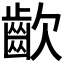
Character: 𮯀